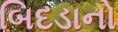
બિદડાનો